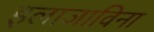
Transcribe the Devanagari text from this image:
इलाजाविना